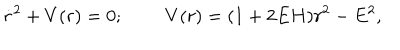
LaTeX: \dot { r } ^ { 2 } + V ( r ) = 0 ; \; \; V ( r ) = ( 1 + 2 E H ) r ^ { 2 } - E ^ { 2 } ,